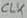
Text: CLK